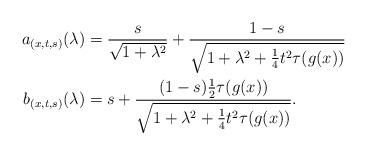
LaTeX: \begin{align*}a_{(x,t,s)}(\lambda)&=\frac{s}{\sqrt{1+\lambda^2}}+\frac{1-s}{\sqrt{1+\lambda^2+\frac14 t^2\tau(g(x))}} \\b_{(x,t,s)}(\lambda)&=s+\frac{(1-s)\frac12 \tau(g(x))}{\sqrt{1+\lambda^2+\frac14 t^2\tau(g(x))}}.\end{align*}